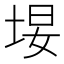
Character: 𪣚